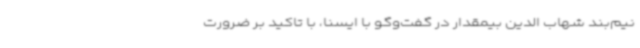
نیم‌بند شهاب الدین بیمقدار در گفت‌وگو با ایسنا، با تاکید بر ضرورت